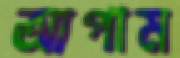
আপাম